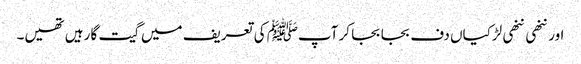
اور ننھی ننھی لڑکیاں دف بجا بجا کر آپﷺ کی تعریف میں گیت گا رہیں تھیں۔